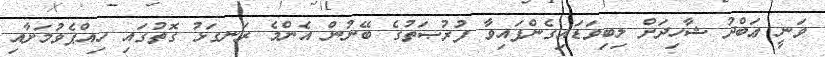
ވަނީ ޢަބްދު ޝާހިދަށް ލިބިވަޑައިގެންފައިވާ ފުރުޞަތުގެ ބޭނުން އެންމެ ރަނގަޅު ގޮތުގައި ހިއްޕެވުމަށާއި